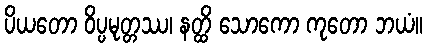
ပိယတော ဝိပ္ပမုတ္တဿ၊ နတ္ထိ သောကော ကုတော ဘယံ။